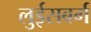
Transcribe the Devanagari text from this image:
लुईसबर्ग